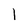
Character: 1